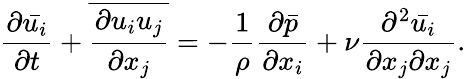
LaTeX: {\frac{\partial{\bar{u_{i}}}}{\partial t}}+{\overline{{\frac{\partial u_{i}u_{j}}{\partial x_{j}}}}}=-{\frac{1}{\rho}}{\frac{\partial{\bar{p}}}{\partial x_{i}}}+\nu{\frac{\partial^{2}{\bar{u_{i}}}}{\partial x_{j}\partial x_{j}}}.